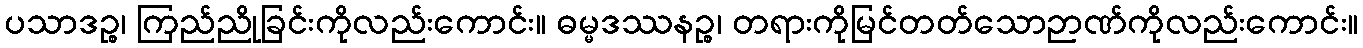
ပသာဒဉ္စ၊ ကြည်ညိုခြင်းကိုလည်းကောင်း။ ဓမ္မဒဿနဉ္စ၊ တရားကိုမြင်တတ်သောဉာဏ်ကိုလည်းကောင်း။